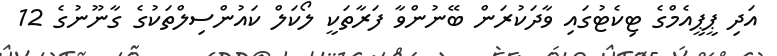
އަދި ޕީޕީއެމްގެ ޓިކެޓުގައި ވާދަކުރަން ބޭނުންވާ ފަރާތަކީ ލޯކަލް ކައުންސިލްތަކުގެ ގާނޫނުގެ 12